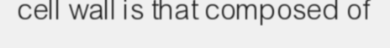
cell wall is that composed of